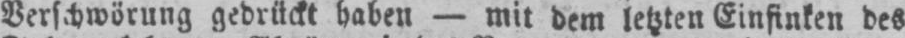
Verschwörung gedrückt haben - mit dem letzten Einsinken des